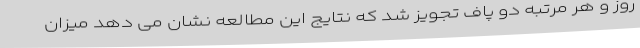
روز و هر مرتبه دو پاف تجویز شد که نتایج این مطالعه نشان می دهد میزان